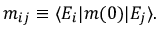
m _ { i j } \equiv \langle E _ { i } | m ( 0 ) | E _ { j } \rangle .